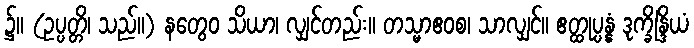
၌။ (ဥပ္ပတ္တိ၊ သည်။) နတွေဝ သိယာ၊ လျှင်တည်း။ တသ္မာဧဝစ၊ သာလျှင်။ ဧတ္ထုပ္ပန္နံ ဒုက္ခိန္ဒြိယံ